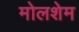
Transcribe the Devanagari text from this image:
मोलशेम